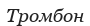
Тромбон